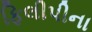
ફિલીપીના